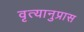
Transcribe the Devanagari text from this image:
वृत्यानुप्रास